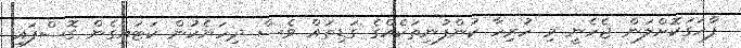
ފާހަގަކޮށްލަން ޖެހެނީ މި ހުރިހާ ކުންފުނިތަކެއްގެ ގަޑިތައް ވެސް ދިހަޔެކުން ކަޓައިގެން ގޮސްފައި